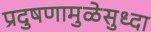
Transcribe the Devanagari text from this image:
प्रदुषणामुळेसुध्दा